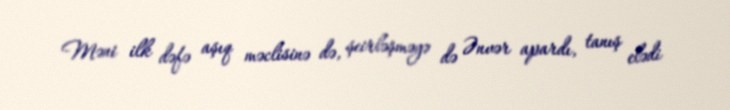
Məni ilk dəfə aşıq məclisinə də, şeirləşməyə də Ənvər apardı, tanış elədi